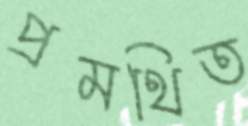
প্রমথিত